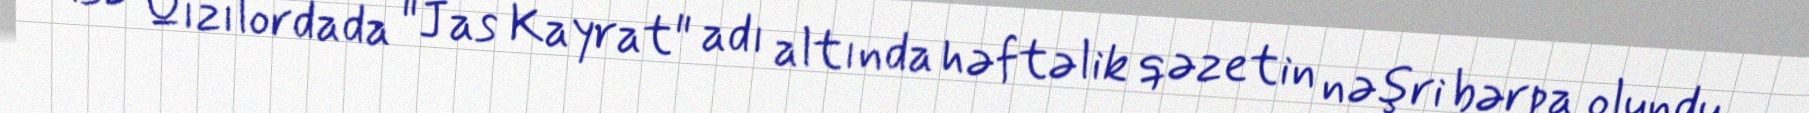
isə Qızılordada "Jas Kayrat" adı altında həftəlik qəzetin nəşri bərpa olundu.